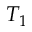
T _ { 1 }